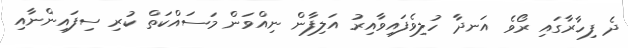
ދެ ފިހާރާގައި ރޯވެ އަނދާ ހުލިވެފައިވާއިރު އަލިފާން ނިއްވަން މަސައްކަތް ކުރި ސިފައިންނާއި